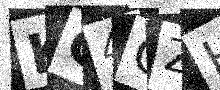
Text: KG4CZH